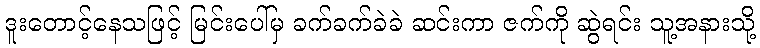
ဒူးတောင့်နေသဖြင့် မြင်းပေါ်မှ ခက်ခက်ခဲခဲ ဆင်းကာ ဇက်ကို ဆွဲရင်း သူ့အနားသို့